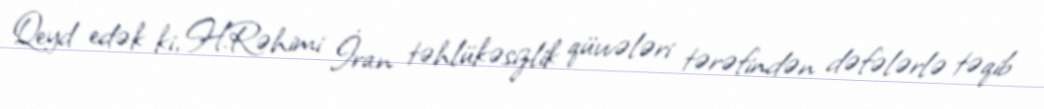
Qeyd edək ki, H.Rəhimi İran təhlükəsizlik qüvvələri tərəfindən dəfələrlə təqib